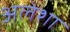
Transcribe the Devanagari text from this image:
अलेशा